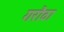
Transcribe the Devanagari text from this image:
गरौठा